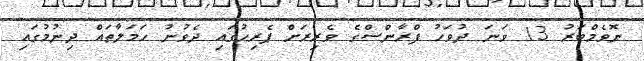
ނޮވެމްބަރު 13 ވަނަ ދުވަހު ފްރާންސްގެ ވެރިރަށް ޕެރިހުގައި ދެވުނު ހަމަލާތައް ދިނުމުގައި